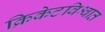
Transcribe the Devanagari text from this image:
क्रिकेटविश्वात